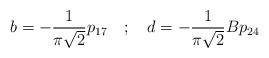
LaTeX: \begin{align*}b= - \frac{1}{\pi \sqrt{2}}p_{17} \quad ; \quad d= - \frac{1}{\pi \sqrt{2}}Bp_{24}\end{align*}